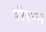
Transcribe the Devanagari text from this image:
वीरन्न